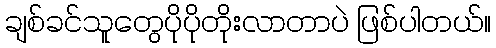
ချစ်ခင်သူတွေပိုပိုတိုးလာတာပဲ ဖြစ်ပါတယ်။